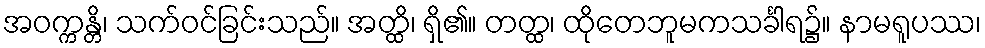
အဝက္ကန္တိ၊ သက်ဝင်ခြင်းသည်။ အတ္ထိ၊ ရှိ၏။ တတ္ထ၊ ထိုတေဘူမကသင်္ခါရ၌။ နာမရူပဿ၊